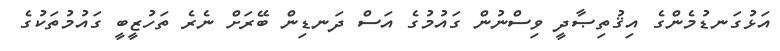
އަޅުގަނޑުމެންގެ އިޤުތިޞާދީ ވިސްނުން ގައުމުގެ އަސް ދަނޑިން ބޭރަށް ނެރެ ތަހުޒީބީ ގައުމުތަކުގެ